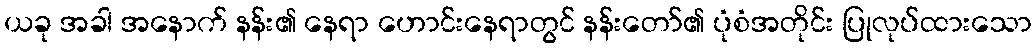
ယခု အခါ အနောက် နန်း၏ နေရာ ဟောင်းနေရာတွင် နန်းတော်၏ ပုံစံအတိုင်း ပြုလုပ်ထားသော